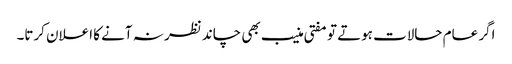
اگر عام حالات ہوتے تو مفتی منیب بھی چاند نظر نہ آنے کا اعلان کرتا۔